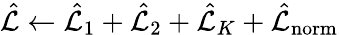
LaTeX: \hat{\mathcal{L}}\gets\hat{\mathcal{L}}_{1}+\hat{\mathcal{L}}_{2}+\hat{\mathcal{L}}_{K}+\hat{\mathcal{L}}_{\mathrm{{norm}}}